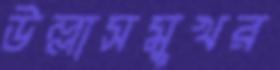
উল্লাসমুখর